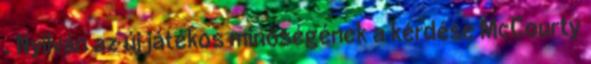
. Nyilván az új játékos minőségének a kérdése McCourty